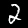
Label: 2